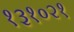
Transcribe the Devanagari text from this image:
१३१०२१